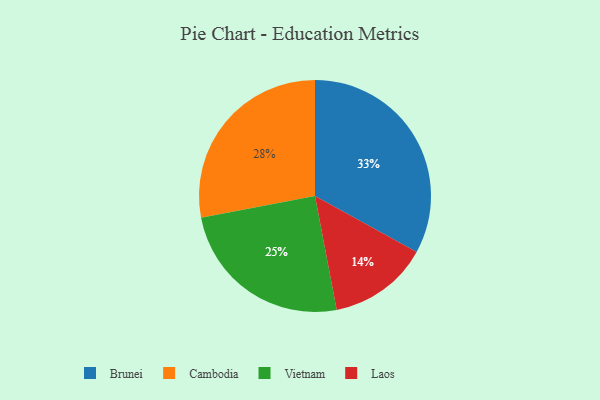
{"axis": {"x": "Category", "y": "Percentage"}, "legend": ["Brunei", "Cambodia", "Laos", "Vietnam"], "data": [{"x": "Brunei", "y": 33, "type": "Brunei"}, {"x": "Cambodia", "y": 28, "type": "Cambodia"}, {"x": "Laos", "y": 14, "type": "Laos"}, {"x": "Vietnam", "y": 25, "type": "Vietnam"}]}